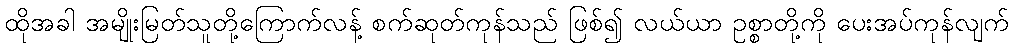
ထိုအခါ အမျိုးမြတ်သူတို့ကြောက်လန့် စက်ဆုတ်ကုန်သည် ဖြစ်၍ လယ်ယာ ဥစ္စာတို့ကို ပေးအပ်ကုန်လျက်